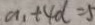
a _ { 1 } + 4 d = 5